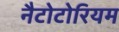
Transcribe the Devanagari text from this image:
नैटोटोरियम